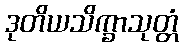
ဒုတိယသိက္ခာသုတ္တံ